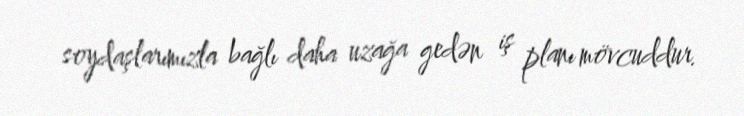
soydaşlarımızla bağlı daha uzağa gedən iş planı mövcuddur.